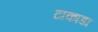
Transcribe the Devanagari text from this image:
टाकाडा